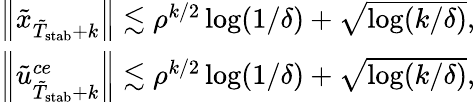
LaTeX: \begin{array}{r}{\left\| \tilde{x}_{\tilde{T}_{\mathrm{stab}}+k}\right\| \lesssim\rho^{k/2}\log(1/\delta)+\sqrt{\log(k/\delta)},}\\ {\left\| \tilde{u}_{\tilde{T}_{\mathrm{stab}}+k}^{ce}\right\| \lesssim\rho^{k/2}\log(1/\delta)+\sqrt{\log(k/\delta)},}\end{array}